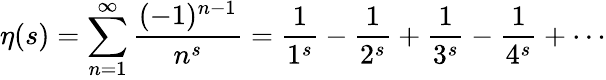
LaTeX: \eta(s)=\sum_{n=1}^{\infty}{\frac{(-1)^{n-1}}{n^{s}}}={\frac{1}{1^{s}}}-{\frac{1}{2^{s}}}+{\frac{1}{3^{s}}}-{\frac{1}{4^{s}}}+\cdots